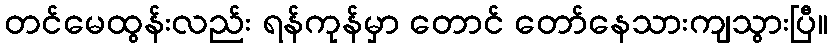
တင်မေထွန်းလည်း ရန်ကုန်မှာ တောင် တော်နေသားကျသွားပြီ။